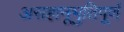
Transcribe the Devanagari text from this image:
असहानूभुतिपूर्ण